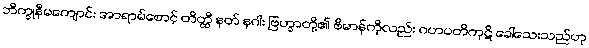
ဘိက္ခုနီမကျောင်း အာရာမ်စောင့် တိတ္ထိ နတ် နဂါး ဗြဟ္မာတို့၏ ဗိမာန်ကိုလည်း ဂဟပတိကုဋိ ခေါ်သေးသည်ဟု